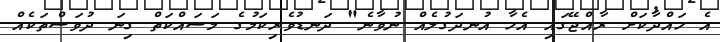
އެ ހައްދާކަށް ރާއްޖޭގައި އެހާ އުނދަގުލެއް ނުވާނެ" ދަނޑުވެރިކަމުގެ މަސައްކަތް ގިނަ ދުވަސްތަކެއް